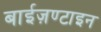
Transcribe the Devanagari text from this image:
बाईज़ण्टाइन